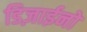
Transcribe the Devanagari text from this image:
डिज़ाईनों